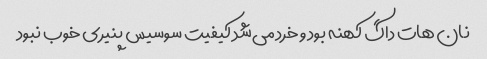
نان هات داگ کهنه بود و خرد می‌شد کیفیت سوسیس پنیری خوب نبود